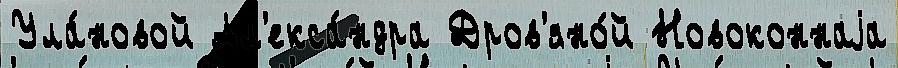
Ула́новой Ал'екса́ндра Дров'яно́й Новоконнаjа